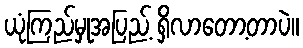
ယုံကြည်မှုအပြည့် ရှိလာတော့တာပဲ။